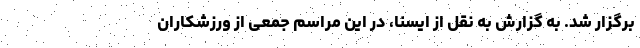
برگزار شد. به گزارش به نقل از ایسنا، در این مراسم جمعی از ورزشکاران